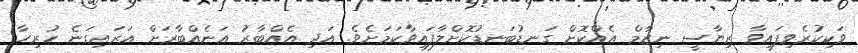
ވަކިކުރެވިފައިވާ ރިޔާސީ ނިޒާމް އެއްކޮށް ގަނޑުބަނޑުކޮށްލާފައިވާކަމަށެވެ. އަދި އެއްބާރު އަނެއްބާރަށް އަރައިގަނެ ހުރިހާ